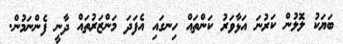
ބަޔަކު ލޮލުން ކަރުނަ އަޅާވަރު ކަންތައް ހިނގައި އެފަދަ މަންޒަރުތައް ދާނީ ފެންނަމުން.